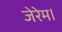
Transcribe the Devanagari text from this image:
जेरेम।